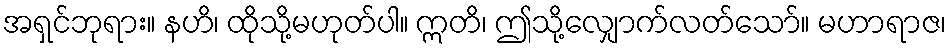
အရှင်ဘုရား။ နဟိ၊ ထိုသို့မဟုတ်ပါ။ ဣတိ၊ ဤသို့လျှောက်လတ်သော်။ မဟာရာဇ၊